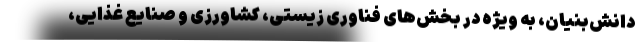
دانش‌بنیان، به ویژه در بخش‌های فناوری زیستی، کشاورزی و صنایع غذایی،